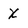
Character: X